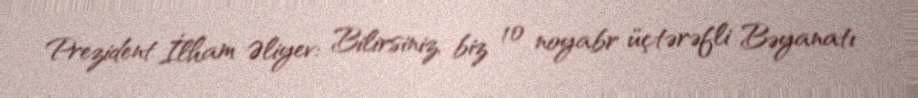
Prezident İlham Əliyev: Bilirsiniz, biz 10 noyabr üçtərəfli Bəyanatı